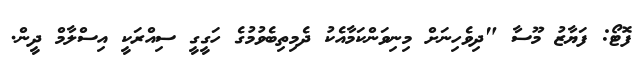
ފޮޓޯ: ފަޔާޒު މޫސާ "ދިވެހިނަށް މިނިވަންކަމާއެކު ދެމިތިބެވުމުގެ ހަގީގީ ސިއްރަކީ އިސްލާމް ދީން.